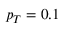
p _ { T } = 0 . 1